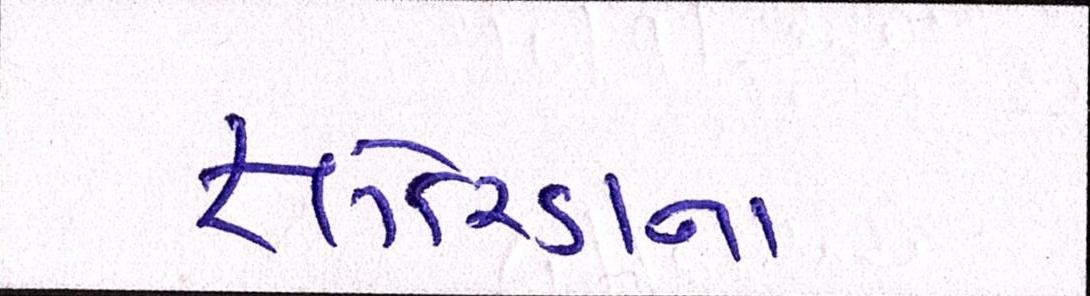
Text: ફ્લોરિડાના